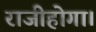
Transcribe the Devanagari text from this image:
राजीहोगा।